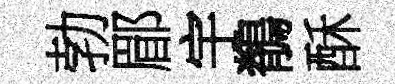
勃郿宇鶺酥